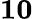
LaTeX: \mathbf{10}